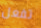
تفعل